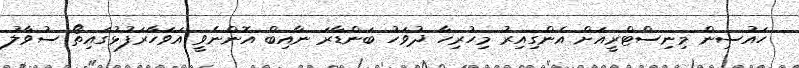
ހައުސިން މިނިސްޓްރީއަށް އެންގިއިރު މިހުރިހާ ދުވަހު ބަންޑާރަ ނާއިބް އޮންނެވީ އަވަހާރަފުޅުގައިތޯ ސުވާލު